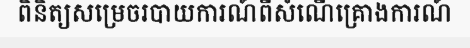
ពិនិត្យសម្រេចរបាយការណ៍ពីសំណើគ្រោងការណ៍